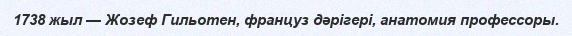
1738 жыл — Жозеф Гильотен, француз дәрігері, анатомия профессоры.